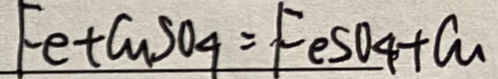
F e + C u S O _ { 4 } = F e S O _ { 4 } + C u